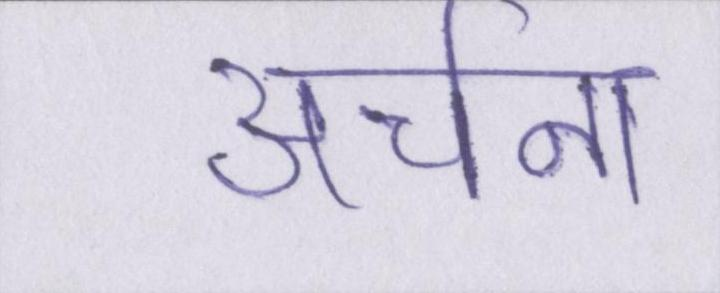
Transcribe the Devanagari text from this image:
अर्चना